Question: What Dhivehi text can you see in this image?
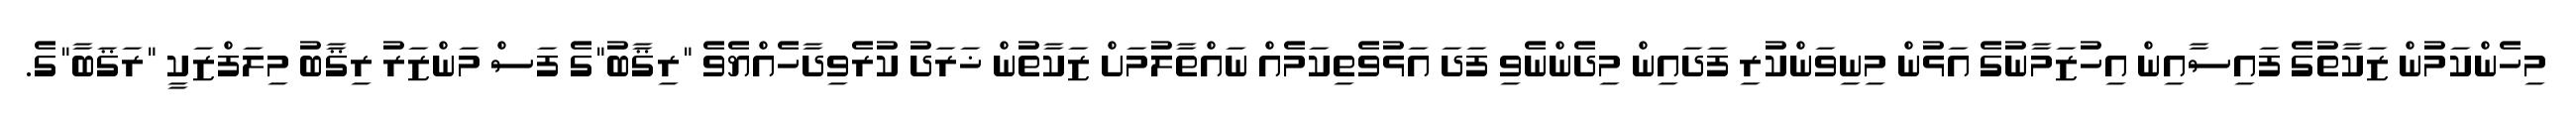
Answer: މިހެންކަމުން ޒަކާތުގެ ފައިސާއިން އިހުޒަމާނުގެ އަޅުން މިނިވަންކުރި ފަދައިން މިދެންނެވި ފަދަ އަޅުވެތިކަމެއް ނައްތާލުމަށް ޒަކާތުން ޚަރަދު ކުރެވިދާހެއްޔެވެ "ރިޤާބު"ގެ ފަސް މަންޒަރު ރިޤާބު މިލަފްޒަކީ "ރަޤަބާ"ގެ.